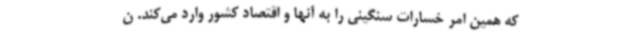
که همین امر خسارات سنگینی را به آنها و اقتصاد کشور وارد می‌کند. ن